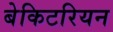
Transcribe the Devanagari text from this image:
बेकिटरियन